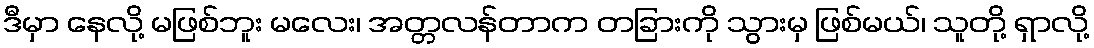
ဒီမှာ နေလို့ မဖြစ်ဘူး မလေး၊ အတ္တလန်တာက တခြားကို သွားမှ ဖြစ်မယ်၊ သူတို့ ရှာလို့